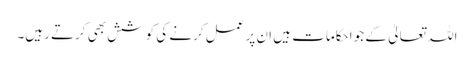
اللہ تعالیٰ کے جو احکامات ہیں ان پر عمل کرنے کی کوشش بھی کرتے رہیں۔